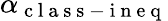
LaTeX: \alpha_{\mathrm{~c~l~a~s~s~-~i~n~e~q~}}